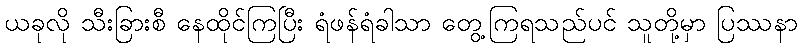
ယခုလို သီးခြားစီ နေထိုင်ကြပြီး ရံဖန်ရံခါသာ တွေ့ကြရသည်ပင် သူတို့မှာ ပြဿနာ